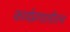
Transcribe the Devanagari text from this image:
कार्यप्रणालीतच